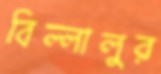
বিল্লালুর